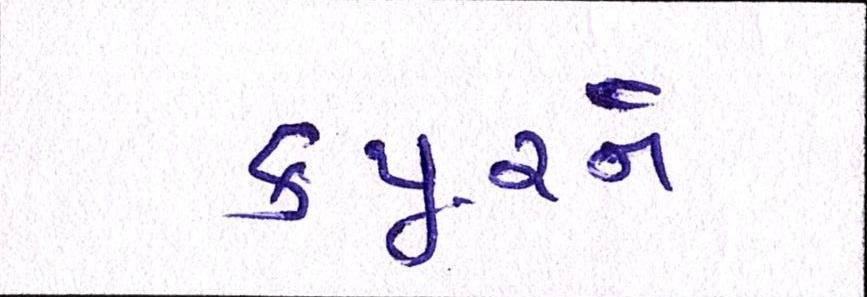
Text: કપૂરને